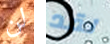
لن لقد